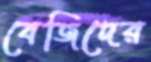
বেজিদের